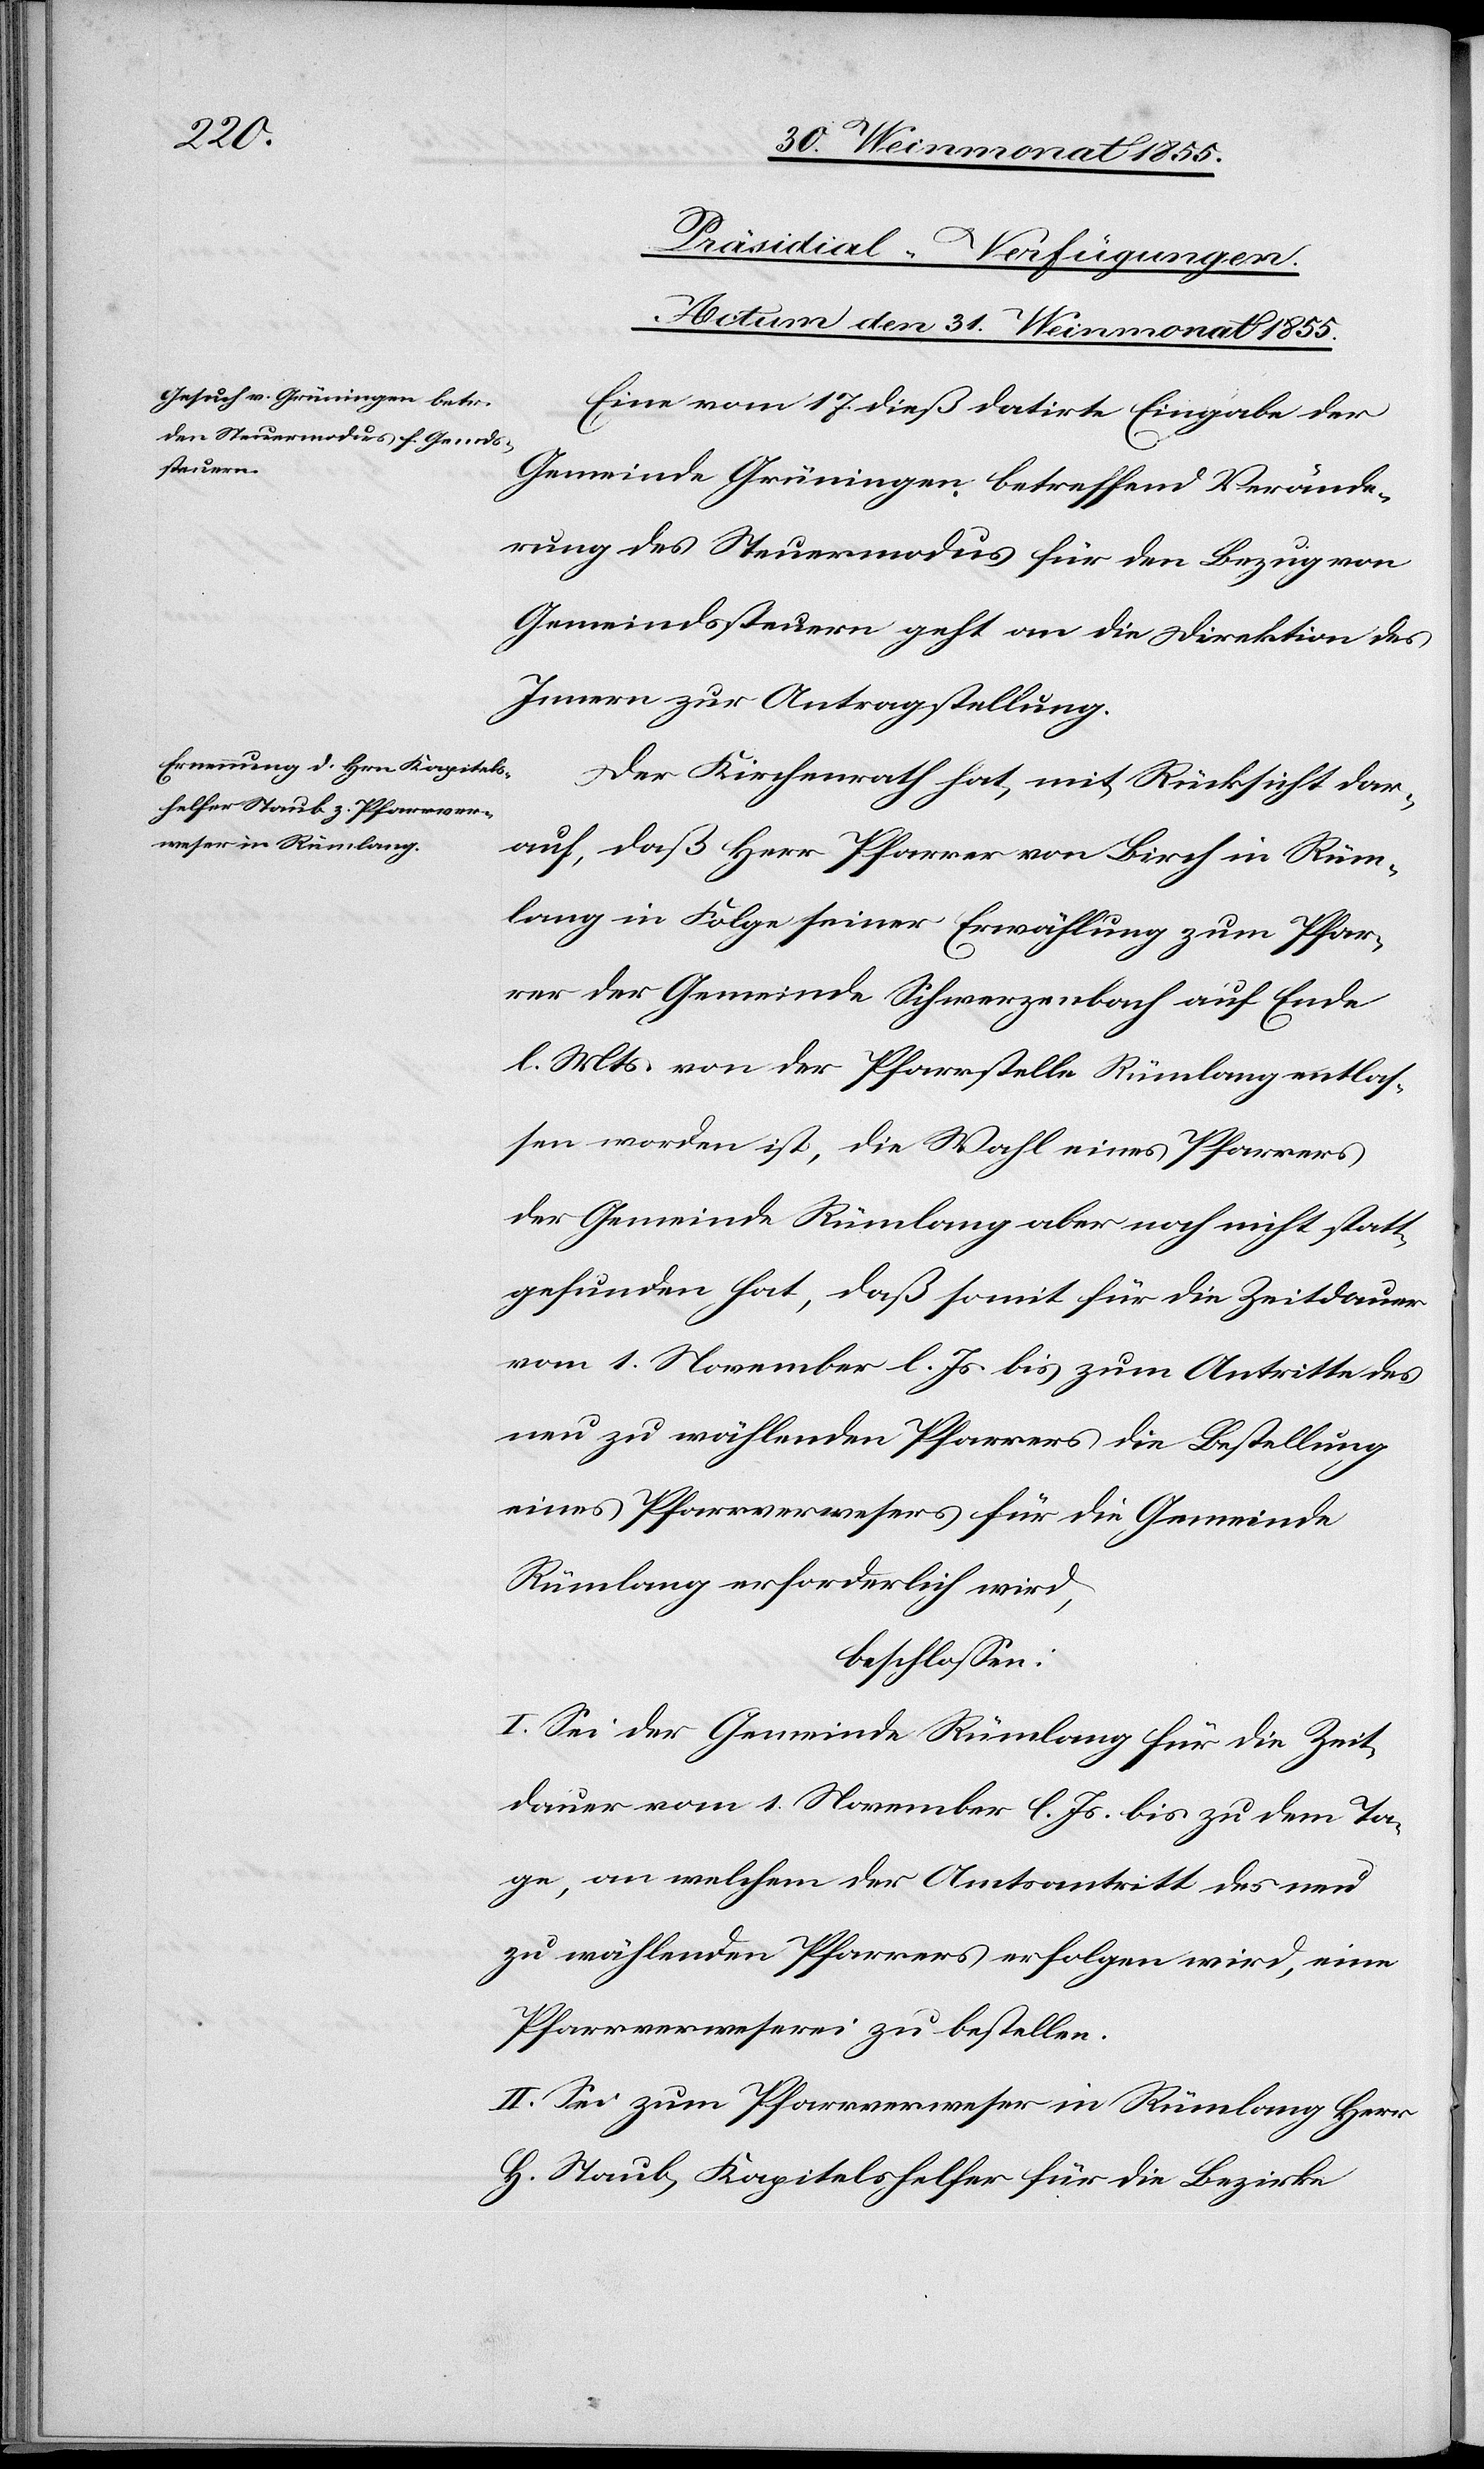
[Präsidial-Verfügungen.
Actum den 31. Weinmonat 1855.]
Eine vom 17. dieß datirte Eingabe der
Gemeinde Grüningen betreffend Verände¬
rung des Steuermodus für den Bezug von
Gemeindssteuern geht an die Direktion des
Innern zur Antragstellung.
Der Kirchenrath hat, mit Rücksicht dar¬
auf, daß Herr Pfarrer von Birch in Rüm¬
lang in Folge seiner Erwählung zum Pfar¬
rer der Gemeinde Schwerzenbach auf Ende
l. Mts. von der Pfarrstelle Rümlang entlas¬
sen worden ist, die Wahl eines Pfarrers
der Gemeinde Rümlang aber noch nicht statt¬
gefunden hat, daß somit für die Zeitdauer
vom 1. November l. Js. bis zum Antritte des
neu zu wählenden Pfarrers die Bestellung
eines Pfarrverwesers für die Gemeinde
Rümlang erforderlich wird,
beschlossen:
I. Sei der Gemeinde Rümlang für die Zeit¬
dauer vom 1. November l. Js. bis zu dem Ta¬
ge, an welchem der Amtsantritt des neu
zu wählenden Pfarrers erfolgen wird, eine
Pfarrverweserei zu bestellen.
II. Sei zum Pfarrverweser in Rümlang Herr
H. Staub, Kapitelshelfer für die Bezirke